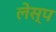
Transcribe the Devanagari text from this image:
लेस्प